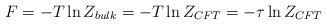
LaTeX: \begin{align*} F = -T \ln Z_{bulk} = -T \ln Z_{CFT} = -\tau \ln Z_{CFT} \end{align*}